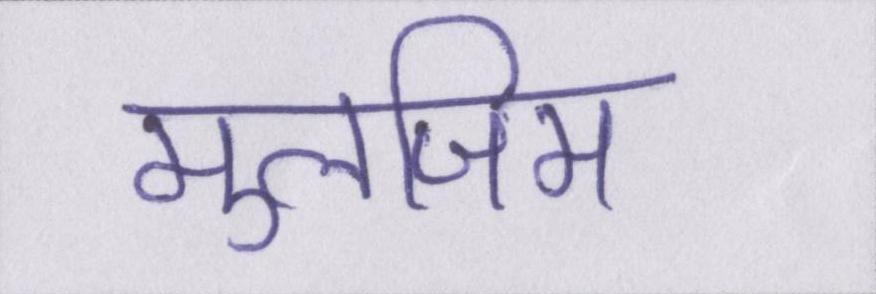
मुलजिम